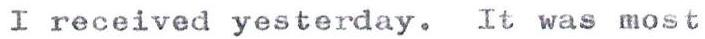
I received yesterday. It was most